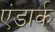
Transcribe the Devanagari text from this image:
एंडार्क